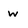
Character: w